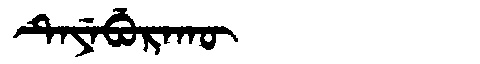
Manchu: ᡨᡝᠶᡝᠪᡠᡵᠠᡴᡡ
Romanization: TEYEBURAKŪ